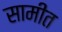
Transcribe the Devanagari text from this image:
सामीत